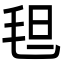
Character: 𬇀